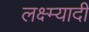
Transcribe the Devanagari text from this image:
लक्ष्म्यादी